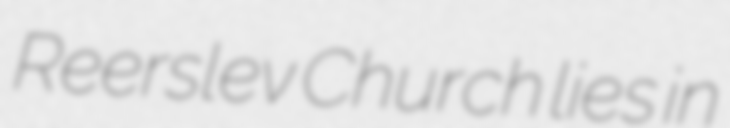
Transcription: Reerslev Church lies in